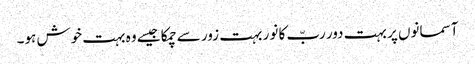
آسمانوں پر بہت دور ربّ کا نور بہت زور سے چمکا جیسے وہ بہت خوش ہو۔